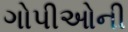
ગોપીઓની